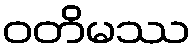
ဝတိမဿ